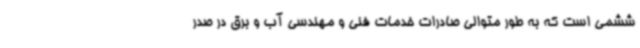
ششمی است که به طور متوالی صادرات خدمات فنی و مهندسی آب و برق در صدر